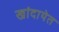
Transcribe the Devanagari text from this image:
खांदायेत